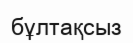
бұлтақсыз